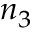
n _ { 3 }